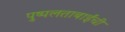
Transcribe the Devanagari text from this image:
पुष्पलताबाईंची